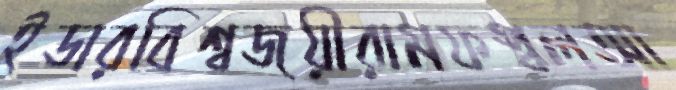
ইডারবিশ্বজয়ীরামফস্বলআ